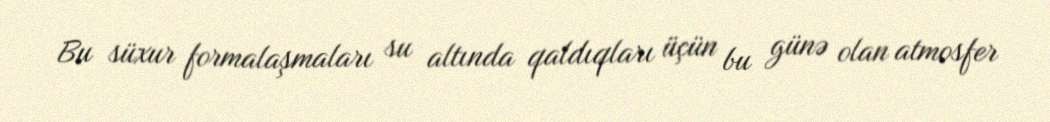
Bu süxur formalaşmaları su altında qaldıqları üçün bu günə olan atmosfer